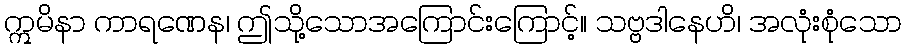
ဣမိနာ ကာရဏေန၊ ဤသို့သောအကြောင်းကြောင့်။ သဗ္ဗဒါနေဟိ၊ အလုံးစုံသော